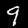
Digit: 9